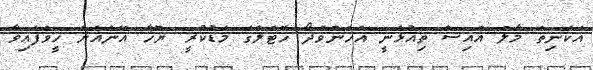
އެކަނިތަ މާލެ އައިސް ތިއުޅެނީ އެހެންވެދޯ ހޮޓެލްގަ މަޑުކުރީ" ޔޫހާ އޭނައަށް ހީވެފައިވާ